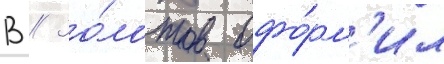
В // Зо́лотов офо́рм'ил